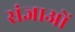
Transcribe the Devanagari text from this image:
संज्ञाओें